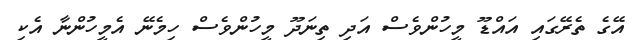
އޭގެ ތެރޭގައި އައްޑޫ މީހުންވެސް އަދި ތިނަދޫ މީހުންވެސް ހިމެނޭ އެމީހުންނާ އެކި